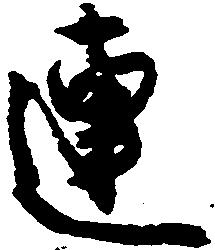
連